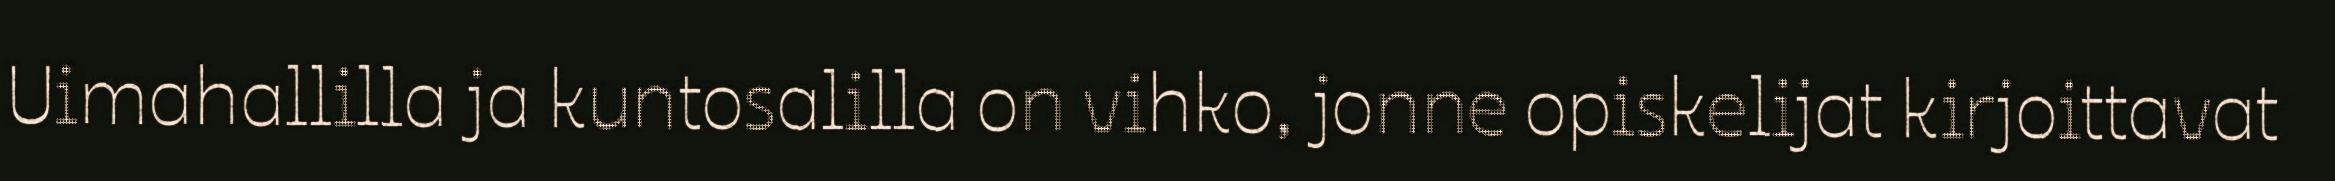
Uimahallilla ja kuntosalilla on vihko, jonne opiskelijat kirjoittavat